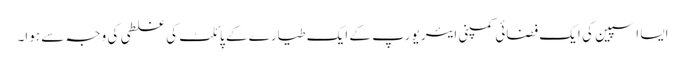
ایسا اسپین کی ایک فضائی کمپنی ایئر یورپ کے ایک طیارے کے پائلٹ کی غلطی کی وجہ سے ہوا۔